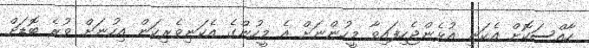
ހާއްސަކޮށް އެކަނި އުޅެންޖެހިފައިވާ މީހުންނަށް އެ މީހުންގެ އެކަނިވެރިކަން އިހުނަށް ވުރެ ބޮޑަށް